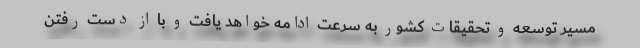
مسیر توسعه و تحقیقات کشور به سرعت ادامه خواهد یافت و با از دست رفتن